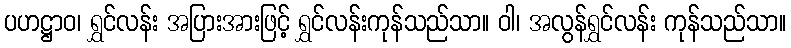
ပဟဋ္ဌာဝ၊ ရွှင်လန်း အပြားအားဖြင့် ရွှင်လန်းကုန်သည်သာ။ ဝါ၊ အလွန်ရွှင်လန်း ကုန်သည်သာ။